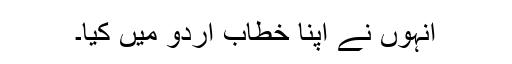
انہوں نے اپنا خطاب اردو میں کیا۔